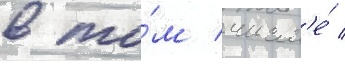
в то́м числ'е́ /